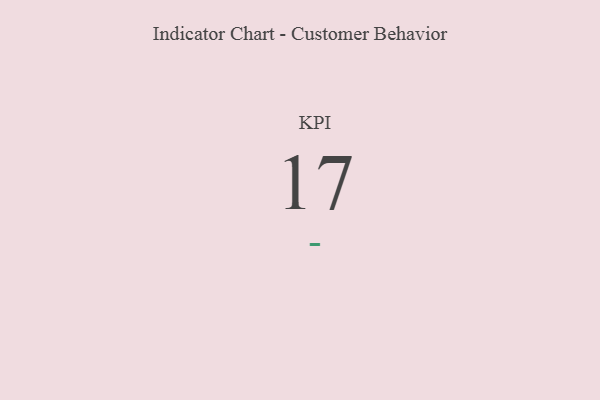
{"axis": {"x": "KPI", "y": "Value"}, "legend": [""], "data": [{"x": "KPI", "y": 17, "type": ""}]}